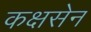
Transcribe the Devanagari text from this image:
कक्षसेन